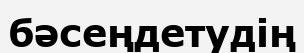
бәсеңдетудің